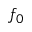
f _ { 0 }